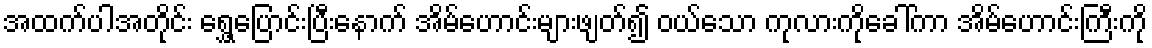
အထက်ပါအတိုင်း ရွှေ့ပြောင်းပြီးနောက် အိမ်ဟောင်းများဖျတ်၍ ဝယ်သော ကုလားကိုခေါ်ကာ အိမ်ဟောင်းကြီးကို